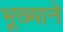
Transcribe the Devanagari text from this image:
भूख्याने